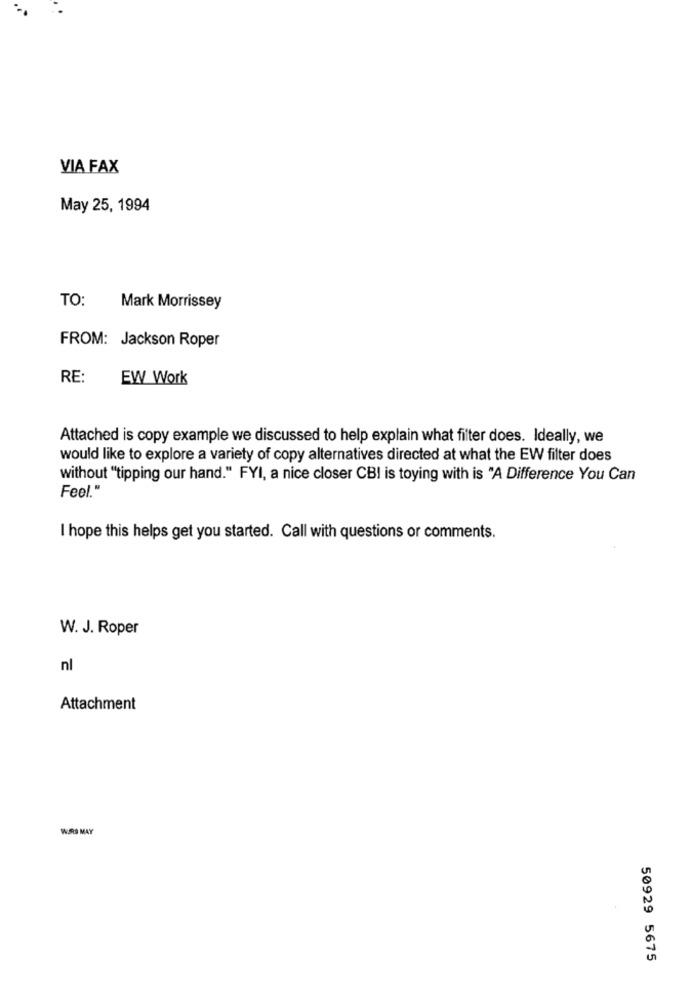
VIA FAX
May 25, 1994
TO:
Mark Morrissey
FROM: Jackson Roper
RE:
EW Work
Attached is copy example we discussed to help explain what filter does. Ideally, we
would like to explore a variety of copy alternatives directed at what the EW filter does
without "tipping our hand." FYI, a nice closer CBI is toying with is "A Difference You Can
Feel."
I hope this helps get you started. Call with questions or comments.
W. J. Roper
nl
Attachment
WIRS MAY
50929 5675